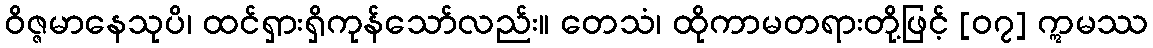
ဝိဇ္ဇမာနေသုပိ၊ ထင်ရှားရှိကုန်သော်လည်း။ တေသံ၊ ထိုကာမတရားတို့ဖြင့် [၀၇] ဣမဿ